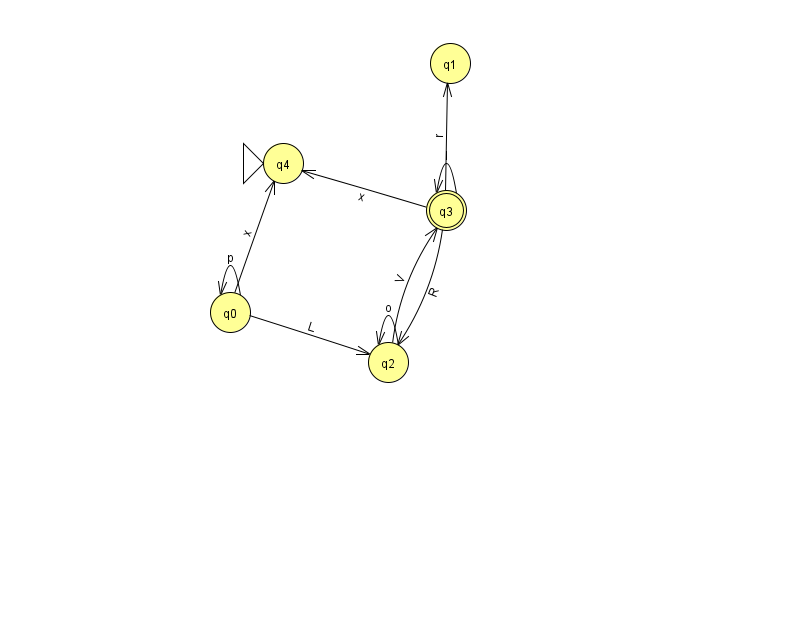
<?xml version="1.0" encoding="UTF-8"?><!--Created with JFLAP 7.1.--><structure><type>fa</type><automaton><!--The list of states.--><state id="0" name="q0"><x>230.0</x><y>299.0</y></state><state id="1" name="q1"><x>450.0</x><y>50.0</y></state><state id="2" name="q2"><x>388.0</x><y>349.0</y></state><state id="3" name="q3"><x>446.0</x><y>197.0</y><final/></state><state id="4" name="q4"><x>283.0</x><y>150.0</y><initial/></state><!--The list of transitions.--><transition><from>0</from><to>0</to><read>p</read></transition><transition><from>0</from><to>4</to><read>x</read></transition><transition><from>3</from><to>1</to><read>r</read></transition><transition><from>3</from><to>2</to><read>R</read></transition><transition><from>3</from><to>4</to><read>x</read></transition><transition><from>2</from><to>3</to><read>V</read></transition><transition><from>0</from><to>2</to><read>L</read></transition><transition><from>3</from><to>3</to><read>l</read></transition><transition><from>2</from><to>2</to><read>o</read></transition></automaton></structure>